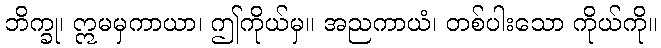
ဘိက္ခု၊ ဣမမှကာယာ၊ ဤကိုယ်မှ။ အညကာယံ၊ တစ်ပါးသော ကိုယ်ကို။